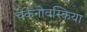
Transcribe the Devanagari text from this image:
चेकेनोवस्किया